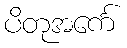
ပိတုအင်္ကေ